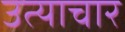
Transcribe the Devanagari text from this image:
उत्याचार